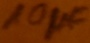
Text: 10µF